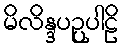
မိလိန္ဒပဉ္ပပါဠိ